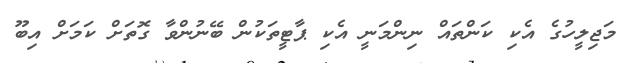
މަޖިލީހުގެ އެކި ކަންތައް ނިންމަނީ އެކި ޕާޓީތަކުން ބޭނުންވާ ގޮތަށް ކަމަށް އިބޫ